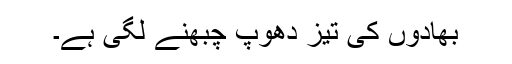
بھادوں کی تیز دھوپ چبھنے لگی ہے۔